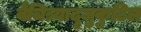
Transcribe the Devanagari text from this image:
वैचित्र्यादृजुकुटिल